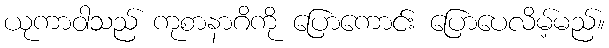
ယုကာဝါသည် ကုစာနာဂိကို ပြောကောင်း ပြောပေလိမ့်မည်။